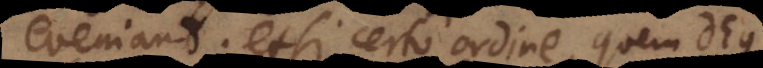
eveniant, etsi certo ordine, quem Deus